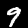
Digit: 9